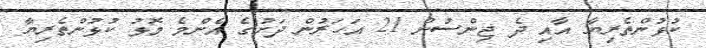
ކުޅުންތެރިޔާ އާއި ދެ ޖިންސުން 21 އަހަރުން ދަށުގެ އެންމެ މޮޅު ކުޅުންތެރިޔާ